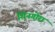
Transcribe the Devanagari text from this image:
शिनगोरा